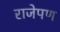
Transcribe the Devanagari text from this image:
राजेपण